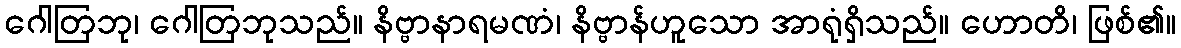
ဂေါတြဘု၊ ဂေါတြဘုသည်။ နိဗ္ဗာနာရမဏံ၊ နိဗ္ဗာန်ဟူသော အာရုံရှိသည်။ ဟောတိ၊ ဖြစ်၏။